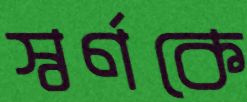
স্বর্ণকে